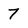
Character: 7